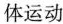
体运动